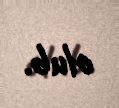
olub.